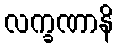
လက္ခဏာနိ